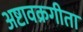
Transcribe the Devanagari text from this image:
अष्टावक्रगीता